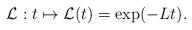
LaTeX: \begin{align*} \mathcal L: t \mapsto \mathcal L(t) = \exp (-L t). \end{align*}